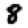
Digit: 8